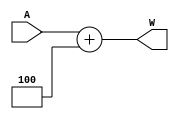
module Plus4(input [31:0]A,output [31:0]W);
  assign W=A+4;
endmodule